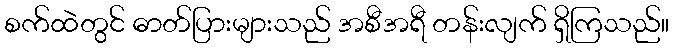
စက်ထဲတွင် ဓာတ်ပြားများသည် အစီအရီ တန်းလျက် ရှိကြသည်။